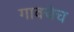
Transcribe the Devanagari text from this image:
गावचेच